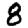
Digit: 8